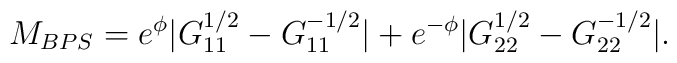
M_{BPS}= e^\phi|G_{11}^{1/2}-G_{11}^{-1/2}| + e^{-\phi}|G_{22}^{1/2}-G_{22}^{-1/2}|.